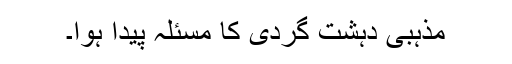
مذہبی دہشت گردی کا مسئلہ پیدا ہوا۔